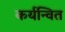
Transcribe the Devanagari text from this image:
कर्यन्वित